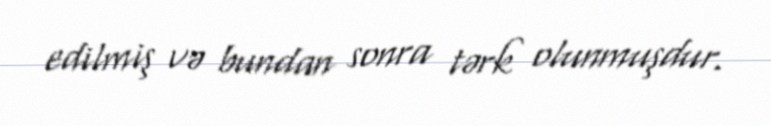
edilmiş və bundan sonra tərk olunmuşdur.